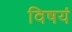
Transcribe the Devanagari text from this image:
विषयं